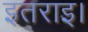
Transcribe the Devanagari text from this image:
इतराइ।